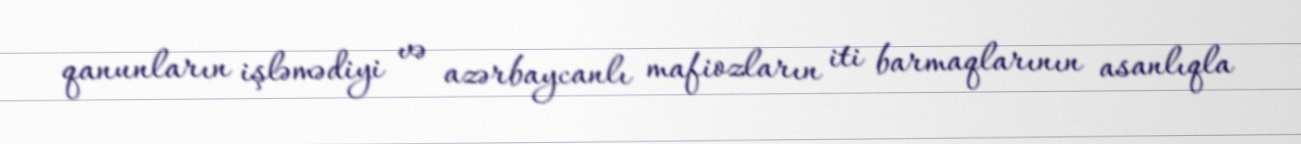
qanunların işləmədiyi və azərbaycanlı mafiozların iti barmaqlarının asanlıqla